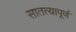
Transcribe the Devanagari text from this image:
सातत्यापूर्ण